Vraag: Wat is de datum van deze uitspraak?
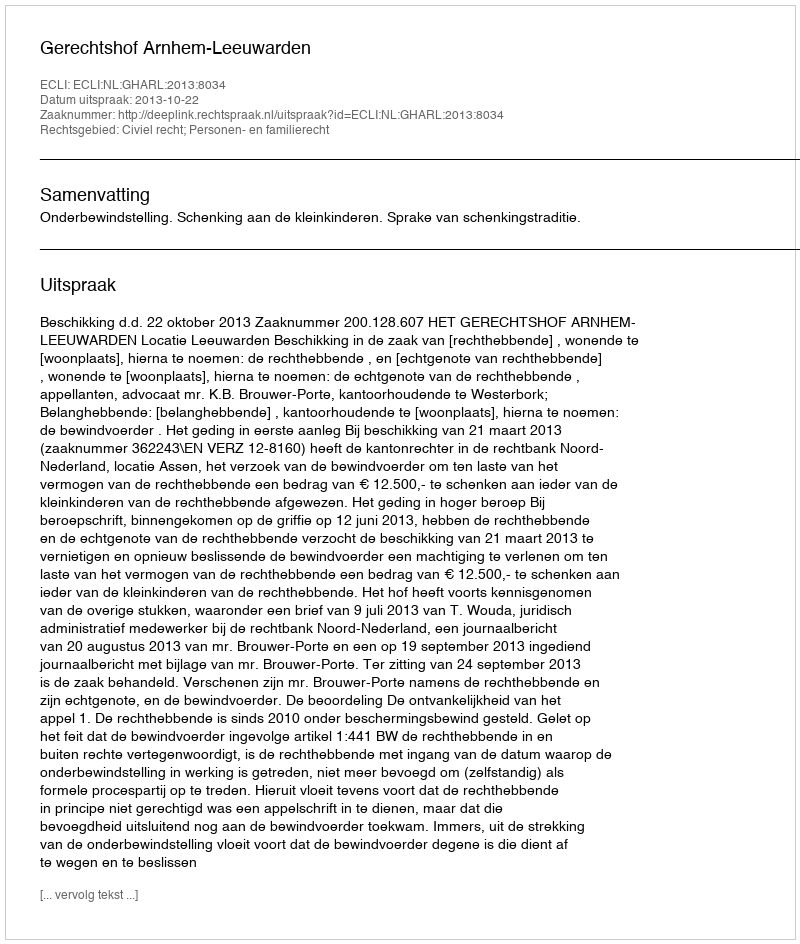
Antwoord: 2013-10-22